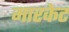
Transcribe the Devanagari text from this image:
मारकेट